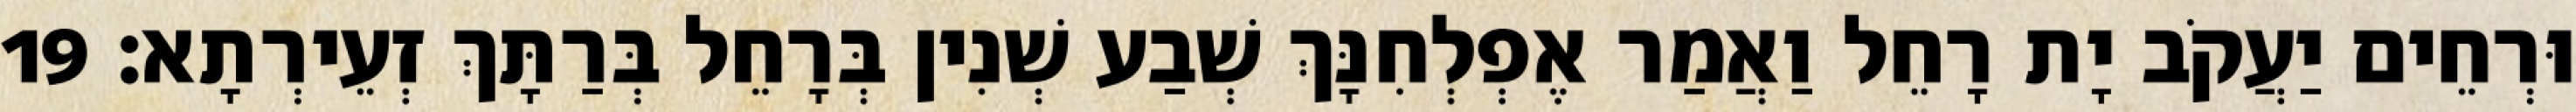
וּרְחֵים יַעֲקֹב יָת רָחֵל וַאֲמַר אֶפְלְחִנָּךְ שְׁבַע שְׁנִין בְּרָחֵל בְּרַתָּךְ זְעֵירְתָא׃ 19